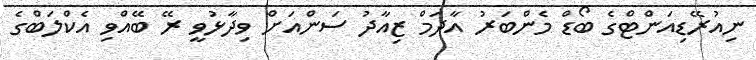
ނިއުރޭޑިއަންޓްގެ ބޯޑް މެންބަރު އާދަމް ޒިއާދު ސަންއަށް ވިދާޅުވީ ރޭ ބޭއްވި އެކްލަބްގެ